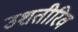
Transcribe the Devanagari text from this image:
उशतीरिव